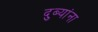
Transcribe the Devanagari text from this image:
दुब्यांना